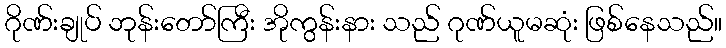
ဂိုဏ်းချုပ် ဘုန်းတော်ကြီး အိုကွန်းနား သည် ဂုဏ်ယူမဆုံး ဖြစ်နေသည်။